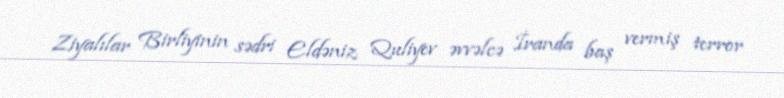
Ziyalılar Birliyinin sədri Eldəniz Quliyev əvvəlcə İranda baş vermiş terror